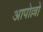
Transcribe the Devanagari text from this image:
आपोल्लो